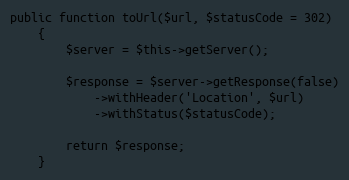
Language: PHP
public function toUrl($url, $statusCode = 302)
    {
        $server = $this->getServer();

        $response = $server->getResponse(false)
            ->withHeader('Location', $url)
            ->withStatus($statusCode);

        return $response;
    }